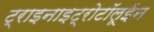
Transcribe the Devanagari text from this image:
ट्राइनाइट्रोटॉलूईन